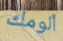
ألومك